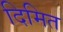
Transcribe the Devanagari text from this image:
दिमित